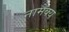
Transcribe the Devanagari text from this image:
नामैक्य